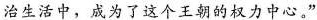
治生活中，成为了这个王朝的权力中心。”